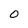
Character: O